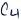
Text: C4